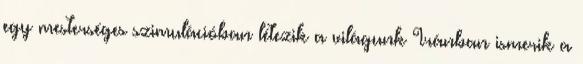
egy mesterséges szimulációban létezik a világunk Iránban ismerik a